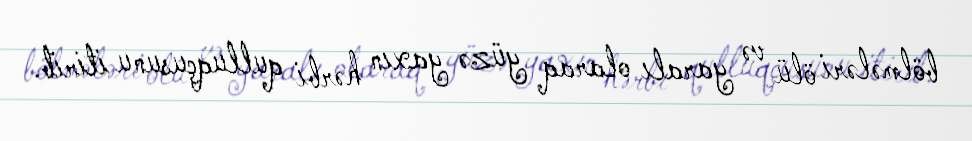
bölmələri ölü və yaralı olaraq yüzə yaxın hərbi qulluqçusunu itirib.